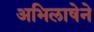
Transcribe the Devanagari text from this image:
अभिलाषेने